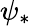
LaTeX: \psi_{\ast}